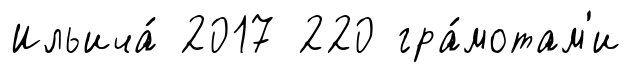
Ильича́ 2017 220 гра́мотам'и